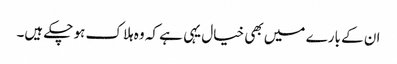
ان کے بارے میں بھی خیال یہی ہے کہ وہ ہلاک ہو چکے ہیں۔